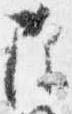
除